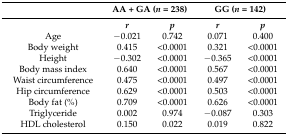
|  | <COLSPAN=2> AA + GA (n = 238) | <COLSPAN=2> GG (n = 142) |
 | --- | --- | --- | --- | --- |
 |  | r | p | r | p |
 | Age | −0.021 | 0.742 | 0.071 | 0.400 |
 | Body weight | 0.415 | <0.0001 | 0.321 | <0.0001 |
 | Height | −0.302 | <0.0001 | −0.365 | <0.0001 |
 | Body mass index | 0.640 | <0.0001 | 0.567 | <0.0001 |
 | Waist circumference | 0.475 | <0.0001 | 0.497 | <0.0001 |
 | Hip circumference | 0.629 | <0.0001 | 0.503 | <0.0001 |
 | Body fat (%) | 0.709 | <0.0001 | 0.626 | <0.0001 |
 | Triglyceride | 0.002 | 0.974 | −0.087 | 0.303 |
 | HDL cholesterol | 0.150 | 0.022 | 0.019 | 0.822 |